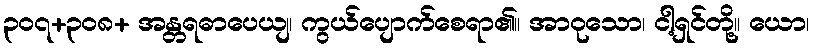
၃၀၇+၃၀၈+ အန္တရဓာပေယျ၊ ကွယ်ပျောက်စေရာ၏။ အာဝုသော၊ ငါ့ရှင်တို့။ ယော၊